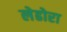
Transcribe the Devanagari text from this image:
लेढोरा